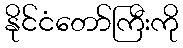
နိုင်ငံတော်ကြီးကို